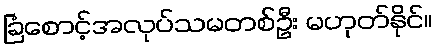
ခြံစောင့်အလုပ်သမတစ်ဦး မဟုတ်နိုင်။